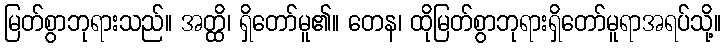
မြတ်စွာဘုရားသည်။ အတ္ထိ၊ ရှိတော်မူ၏။ တေန၊ ထိုမြတ်စွာဘုရားရှိတော်မူရာအရပ်သို့။